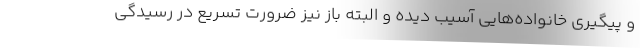
و پیگیری خانواده‌هایی آسیب دیده و البته باز نیز ضرورت تسریع در رسیدگی